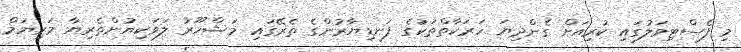
މި ފެސްޓިވަލުގައި ކުރިއަށް ގެންދިޔަ ހަރަކާތްތަކުގެ ފަނޑިޔާރުންގެ ތެރޭގައި މަޝްހޫރު ލަވަކިޔުންތެރިޔާ މަރިޔަމް